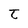
Character: t